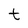
Character: t